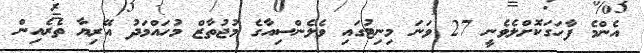
އެންމެ ފާހަގަކޮށްލެވެނީ 27 ވަނަ މިނިޓުގައި ވެލެންސިއާގެ މުޖުތާޒް މުހައްމަދު އޭރިޔާ ތެރެއިން